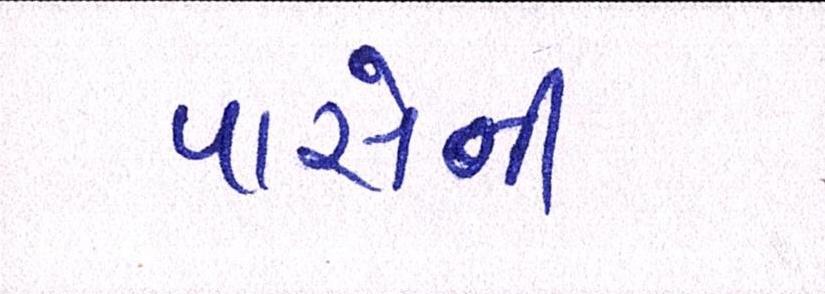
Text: પાસેની